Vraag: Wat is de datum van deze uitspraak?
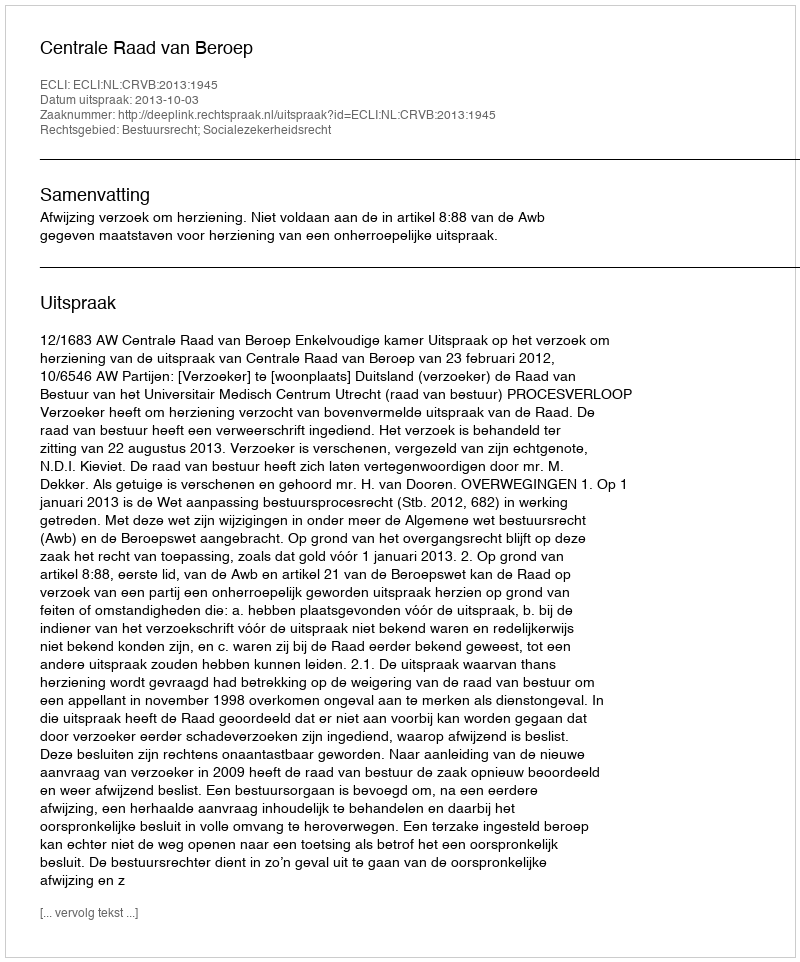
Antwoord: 2013-10-03